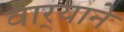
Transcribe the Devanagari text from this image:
वार्‍याने